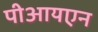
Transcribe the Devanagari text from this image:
पीआयएन